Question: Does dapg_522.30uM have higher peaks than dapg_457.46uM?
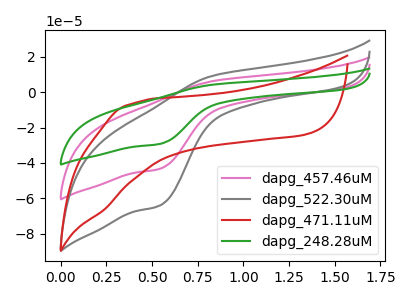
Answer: <think>The pink curve "dapg_457.46uM" has an anodic peak at (0.85V, 6.20uA) and a cathodic peak at (0.55V, -43.35uA). The gray curve "dapg_522.30uM" has an anodic peak at (0.85V, 9.15uA) and a cathodic peak at (0.55V, -64.10uA). The red curve "dapg_471.11uM" has no peaks. The green curve "dapg_248.28uM" has an anodic peak at (0.85V, 12.40uA) and a cathodic peak at (0.55V, -86.65uA).</think>
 <answer>Every peak in "dapg_522.30uM" is higher than every peak in "dapg_457.46uM".</answer>
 <eval>higher</eval>